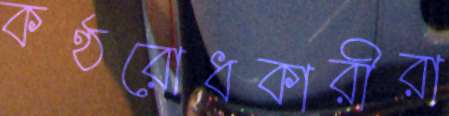
কণ্ঠরোধকারীরা